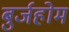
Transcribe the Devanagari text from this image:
बुर्जहोम